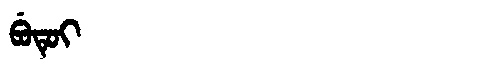
Manchu: ᠪᡠᡨᡠᡳ
Romanization: BUTUI